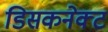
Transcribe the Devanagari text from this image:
डिसकनेक्ट